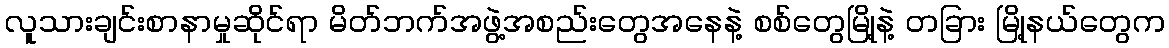
လူသားချင်းစာနာမှုဆိုင်ရာ မိတ်ဘက်အဖွဲ့အစည်းတွေအနေနဲ့ စစ်တွေမြို့နဲ့ တခြား မြို့နယ်တွေက